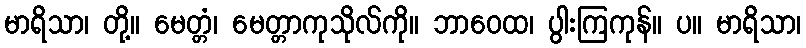
မာရိသာ၊ တို့။ မေတ္တံ၊ မေတ္တာကုသိုလ်ကို။ ဘာဝေထ၊ ပွါးကြကုန်။ ပ။ မာရိသာ၊